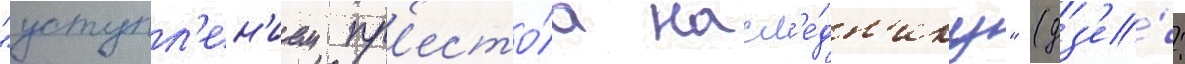
"уступл'ен'ием пр'есто́ла насл'е́дн'ику" (дз'е́: